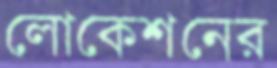
লোকেশনের